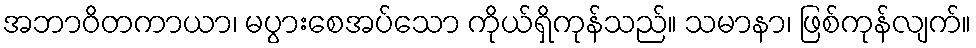
အဘာဝိတကာယာ၊ မပွားစေအပ်သော ကိုယ်ရှိကုန်သည်။ သမာနာ၊ ဖြစ်ကုန်လျက်။